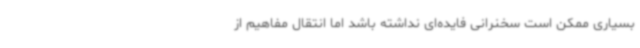
بسیاری ممکن است سخنرانی فایده‌ای نداشته باشد اما انتقال مفاهیم از